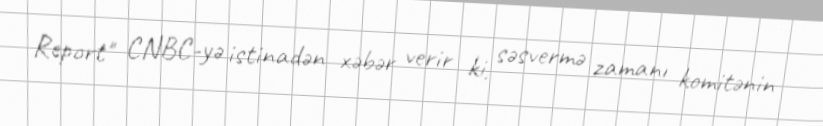
Report" CNBC-yə istinadən xəbər verir ki, səsvermə zamanı komitənin